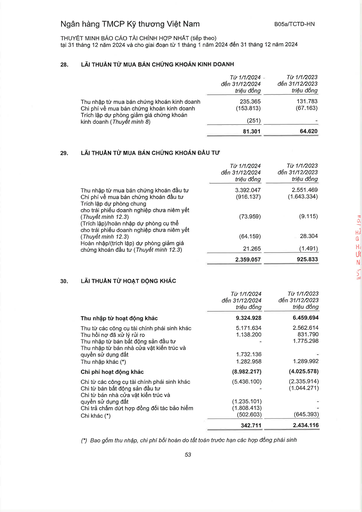
||Từ 1/1/2024 đến 31/12/2024 triệu đồng|Từ 1/1/2023 đến 31/12/2023 triệu đồng| |---|---|---| |Thu nhập từ mua bán chứng khoán kinh doanh|235.365|131.783| |Chi phí về mua bán chứng khoán kinh doanh|(153.813)|(67.163)| |Trích lập dự phòng giảm giá chứng khoán kinh doanh (Thuyết minh 8)|(251)|| ||81.301|64.620| ||Từ 1/1/2024 đến 31/12/2024 triệu đồng|Từ 1/1/2023 đến 31/12/2023 triệu đồng| |---|---|---| |Thu nhập từ mua bán chứng khoán đầu tư|3.392.047|2.551.469| |Chi phí về mua bán chứng khoán đầu tư|(916.137)|(1.643.334)| |Trích lập dự phòng chung cho trái phiếu doanh nghiệp chưa niêm yết (Thuyết minh 12.3)|(73.959)|(9.115)| |(Trích lập)/hoàn nhập dự phòng cụ thể cho trái phiếu doanh nghiệp chưa niêm yết (Thuyết minh 12.3)|(64.159)|28.304| |Hoàn nhập/(trích lập) dự phòng giảm giá chứng khoán đầu tư (Thuyết minh 12.3)|21.265|(1.491)| ||2.359.057|925.833| ||Từ 1/1/2024 đến 31/12/2024 triệu đồng|Từ 1/1/2023 đến 31/12/2023 triệu đồng| |---|---|---| |Thu nhập từ hoạt động khác|9.324.928|6.459.694| |Thu từ các công cụ tài chính phái sinh khác|5.171.634|2.562.614| |Thu hồi nợ đã xử lý rủi ro|1.138.200|831.790| |Thu nhập từ bán bất động sản đầu tư||1.775.298| |Thu nhập từ bán nhà cửa vật kiến trúc và quyền sử dụng đất|1.732.136|| |Thu nhập khác (*)|1.282.958|1.289.992| |Chi phí hoạt động khác|(8.982.217)|(4.025.578)| |Chi từ các công cụ tài chính phái sinh khác|(5.436.100)|(2.335.914)| |Chi từ bán bất động sản đầu tư||(1.044.271)| |Chi từ bán nhà cửa vật kiến trúc và quyền sử dụng đất|(1.235.101)|| |Chi trả chấm dứt hợp đồng đối tác bảo hiểm|(1.808.413)|| |Chi khác (*)|(502.603)|(645.393)| ||342.711|2.434.116|